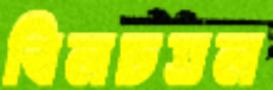
বিলচতল